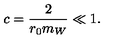
c = \frac { 2 } { r _ { 0 } m _ { W } } \ll 1 .